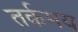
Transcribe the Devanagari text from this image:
तर्कमय